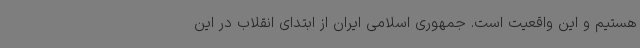
هستیم و این واقعیت است. جمهوری اسلامی ایران از ابتدای انقلاب در این